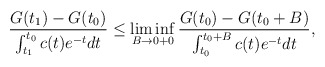
\begin{align*}\frac{G(t_1)-G(t_0)}{\int^{t_0}_{t_1} c(t)e^{-t}dt}\leq\liminf\limits_{B \to0+0}\frac{G(t_0)-G(t_0+B)}{\int_{t_0}^{t_0+B}c(t)e^{-t}dt},\end{align*}